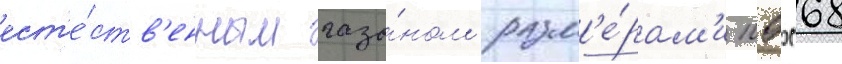
ест'е́ств'енным газо́ном разм'е́рам'и 105х68